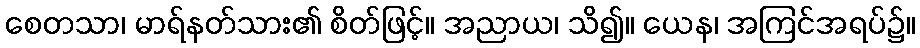
စေတသာ၊ မာရ်နတ်သား၏ စိတ်ဖြင့်။ အညာယ၊ သိ၍။ ယေန၊ အကြင်အရပ်၌။